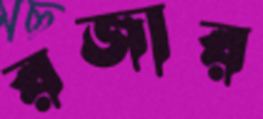
রজার